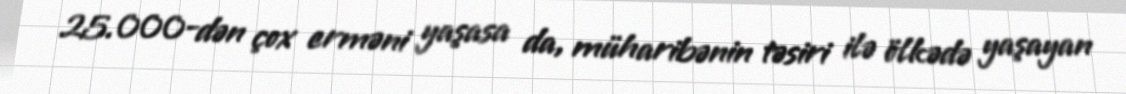
25.000-dən çox erməni yaşasa da, müharibənin təsiri ilə ölkədə yaşayan